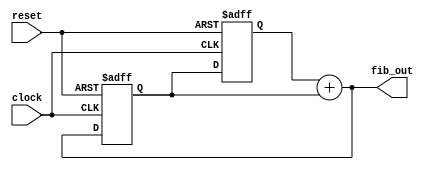
// This program was cloned from: https://github.com/FPGADude/Digital-Design
// License: GNU General Public License v3.0


module fibonacci_p #(parameter W = 16)(
	input clock,
	input reset,
	output [W-1:0] fib_out
);

	reg [W-1:0] num0, num1;

	always @(posedge clock or negedge reset) begin
		if(~reset) begin
			num0 <= 0;
			num1 <= 1;
			end
		else begin
			num0 <= num1;
			num1 <= fib_out;
			end			
	end
	
	assign fib_out = num0 + num1;

endmodule